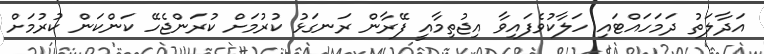
އަދާލަތު ދަަމަހައްޓައި ހަލާކުވެފައިވާ އިޖުތިމާއީ ފޭރާން ރަނގަޅު ކުރުމަށް ކުރަންޖެހޭ ކަންކަން ކުރުމަށް